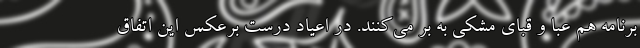
برنامه هم عبا و قبای مشکی به بر می‌کنند. در اعیاد درست برعکس این اتفاق